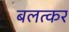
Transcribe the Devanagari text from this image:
बलत्कर